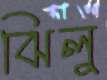
ঝিলু